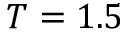
T = 1 . 5